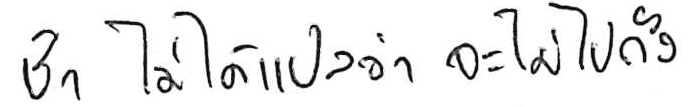
ช้า ไม่ได้แปลว่า จะไปไม่ถึง